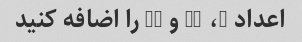
اعداد 5، 11 و 17 را اضافه کنید